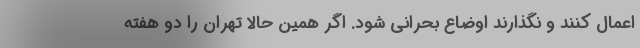
اعمال کنند و نگذارند اوضاع بحرانی شود. اگر همین حالا تهران را دو هفته